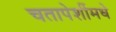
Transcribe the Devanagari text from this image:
चतापेशींमधे